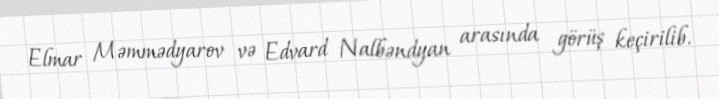
Elmar Məmmədyarov və Edvard Nalbəndyan arasında görüş keçirilib.